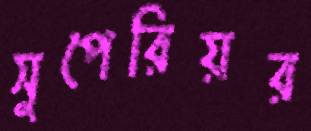
সুপেরিয়র